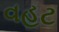
વહટ